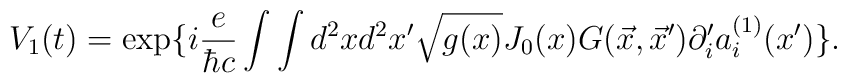
V_1(t) = \exp \{ i{e\over \hbar c}\int \int d^2x d^2x' \sqrt{g(x)}J_0(x) G(\vec x, \vec x') \partial_i'a_i^{(1)}(x')\}.